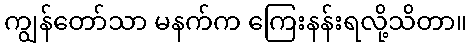
ကျွန်တော်သာ မနက်က ကြေးနန်းရလို့သိတာ။